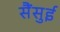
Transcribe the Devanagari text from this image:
सैंसुई